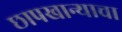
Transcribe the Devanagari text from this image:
छापखान्याचा